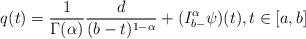
LaTeX: \begin{align*}q(t)= \frac{1}{\Gamma(\alpha)}\frac{d}{(b-t)^{1-\alpha}} + (I^{\alpha}_{b-} \psi )(t) ,t\in [a,b]\end{align*}